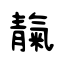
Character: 靝